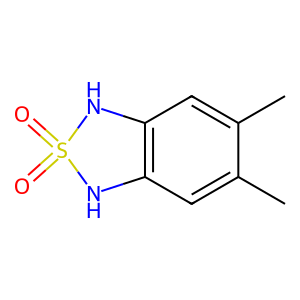
SMILES: Cc1cc2c(cc1C)NS(=O)(=O)N2
Inhibits HIV replication: No